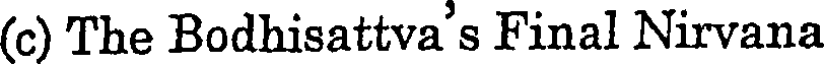
(c) The Bodhisattva's Final Nirvana